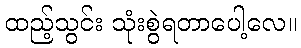
ထည့်သွင်း သုံးစွဲရတာပေါ့လေ။